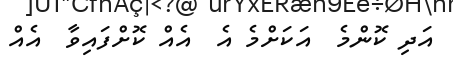
އަދި ކޮންމެ  އަކަށްމެ އެ  އެއް ކޮށްފައިވާ  އެއް